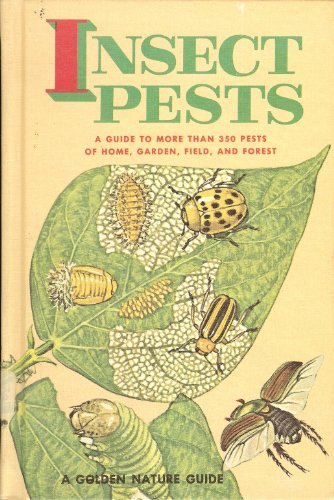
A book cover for Insect Pests; Zim and Fichter; Sports & Outdoors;